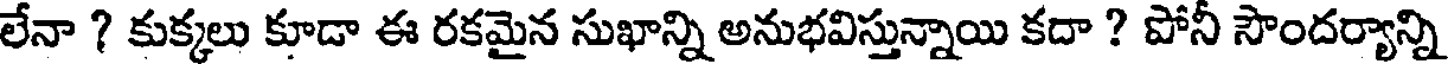
లేనా ? కుక్కలు కూడా ఈ రకమైన సుఖాన్ని అనుభవిస్తున్నాయి కదా ? పోనీ సౌందర్యాన్ని